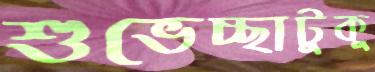
শুভেচ্ছাটুকু